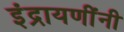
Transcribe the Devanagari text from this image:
इंद्रायणींनी